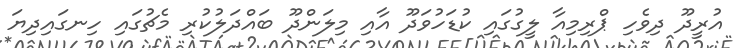
އުރީދޫ ދިވެހި ޕްރިމިއާ ލީގުގައި ކުޑަހުވަދޫ އާއި މިލަންދޫ ބައްދަލުކުރި މެޗުގައި ހިނގައިދިޔަ